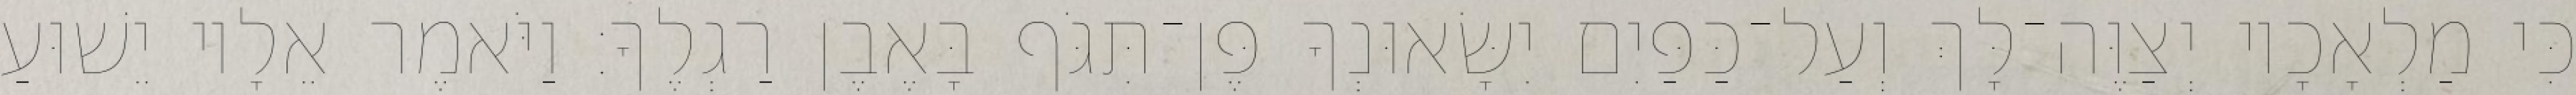
כִּי מַלְאָכָיו יְצַוֶּה־לָּךְ וְעַל־כַּפַּיִם יִשָּׂאוּנְךָ פֶּן־תִּגֹּף בָּאֶבֶן רַגְלֶךָ׃ וַיֹּאמֶר אֵלָיו יֵשׁוּעַ